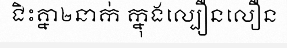
ជិះគ្នា២នាក់ ក្នុងល្បឿនលឿន